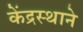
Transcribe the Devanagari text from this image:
केंद्रस्थाने